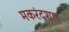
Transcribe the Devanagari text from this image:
मकरंदशाह